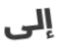
إلى